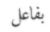
بفاعل